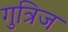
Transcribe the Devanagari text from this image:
गुत्रिज